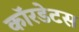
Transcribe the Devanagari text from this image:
कॉरडेटस